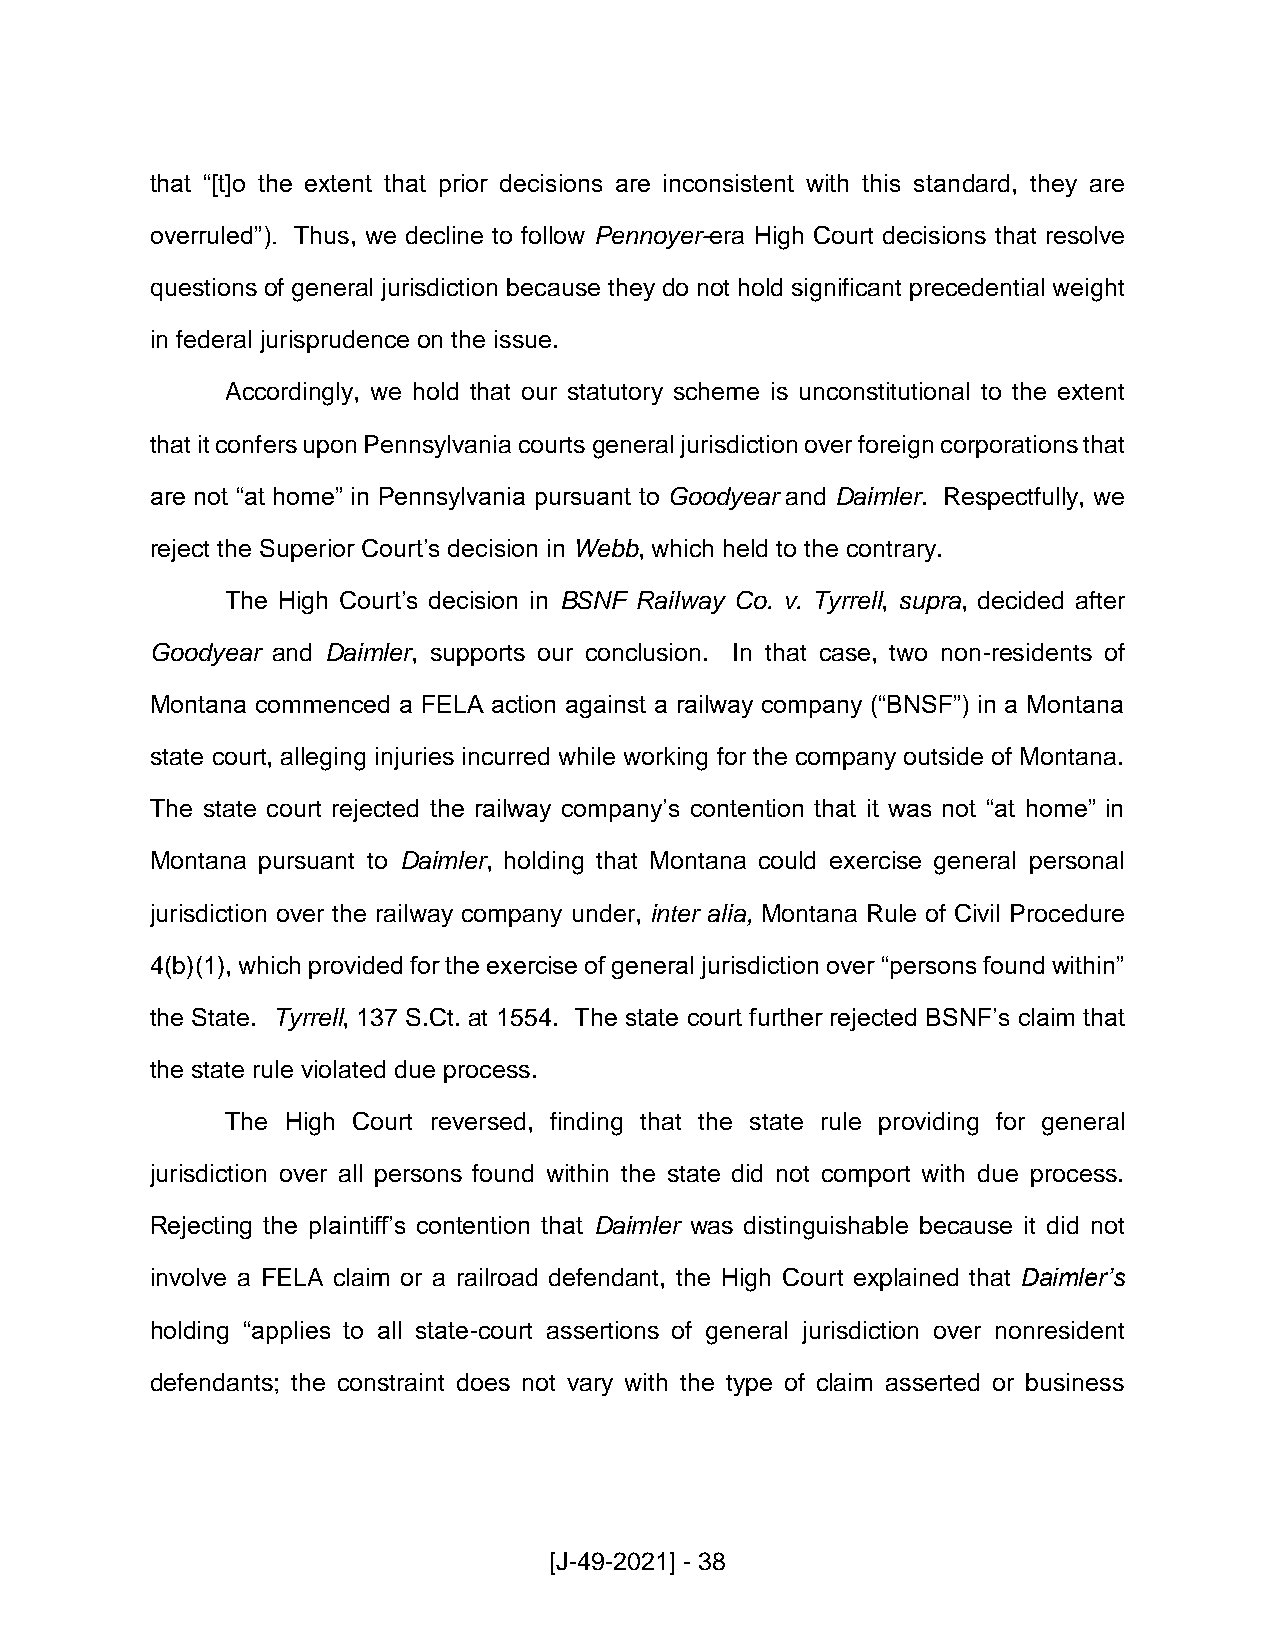
that “[t]o the extent that prior decisions are inconsistent with this standard, they are
 overruled”). Thus, we decline to follow Pennoyer-era High Court decisions that resolve
 questions of general jurisdiction because they do not hold significant precedential weight
 in federal jurisprudence on the issue.
 Accordingly, we hold that our statutory scheme is unconstitutional to the extent
 that it confers upon Pennsylvania courts general jurisdiction over foreign corporations that
 are not “at home” in Pennsylvania pursuant to Goodyear and Daimler. Respectfully, we
 reject the Superior Court’s decision in Webb, which held to the contrary.
 The High Court’s decision in BSNF Railway Co. v. Tyrrell, supra, decided after
 Goodyear and Daimler, supports our conclusion. In that case, two non-residents of
 Montana commenced a FELA action against a railway company (“BNSF”) in a Montana
 state court, alleging injuries incurred while working for the company outside of Montana.
 The state court rejected the railway company’s contention that it was not “at home” in
 Montana pursuant to Daimler, holding that Montana could exercise general personal
 jurisdiction over the railway company under, inter alia, Montana Rule of Civil Procedure
 4(b)(1), which provided for the exercise of general jurisdiction over “persons found within”
 the State. Tyrrell, 137 S.Ct. at 1554. The state court further rejected BSNF’s claim that
 the state rule violated due process.
 The High Court reversed, finding that the state rule providing for general
 jurisdiction over all persons found within the state did not comport with due process.
 Rejecting the plaintiff’s contention that Daimler was distinguishable because it did not
 involve a FELA claim or a railroad defendant, the High Court explained that Daimler’s
 holding “applies to all state-court assertions of general jurisdiction over nonresident
 defendants; the constraint does not vary with the type of claim asserted or business
 [J-49-2021] - 38